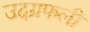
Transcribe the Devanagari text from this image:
उदग्रफली